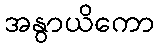
အနွာယိကော